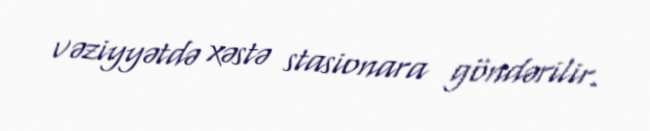
vəziyyətdə xəstə stasionara göndərilir.